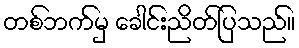
တစ်ဘက်မှ ခေါင်းညိတ်ပြသည်။